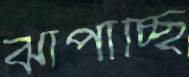
ঝাঁপাচ্ছি